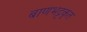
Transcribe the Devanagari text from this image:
बाणभट्टकृत